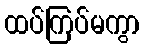
ထပ်ကြပ်မကွာ